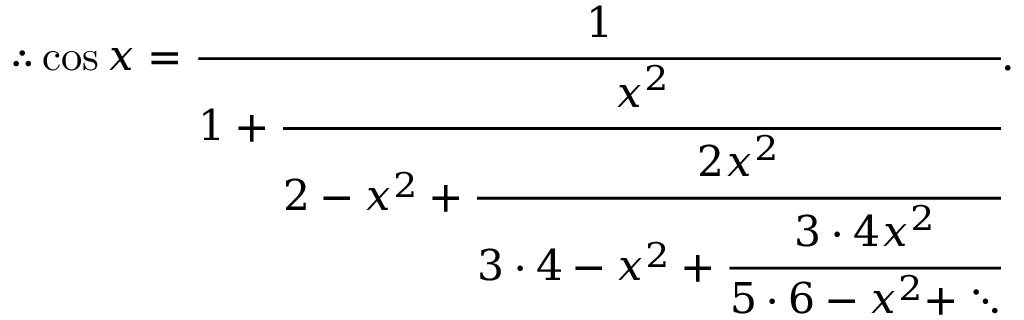
\therefore \cos x = { \cfrac { 1 } { 1 + { \cfrac { x ^ { 2 } } { 2 - x ^ { 2 } + { \cfrac { 2 x ^ { 2 } } { 3 \cdot 4 - x ^ { 2 } + { \cfrac { 3 \cdot 4 x ^ { 2 } } { 5 \cdot 6 - x ^ { 2 } + \ddots } } } } } } } } .